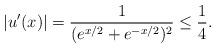
LaTeX: \begin{align*}|u'(x)| = \frac{1}{(e^{x/2} + e^{-x/2})^2}\le \frac{1}{4}. \end{align*}